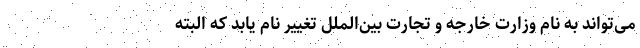
می‌تواند به نام وزارت خارجه و تجارت بین‌الملل تغییر نام یابد که البته